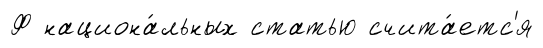
Ф национа́льных статью счита́етс'я